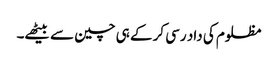
مظلوم کی داد رسی کر کے ہی چین سے بیٹھے۔